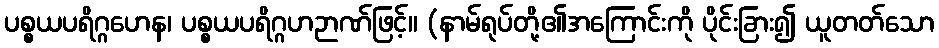
ပစ္စယပရိဂ္ဂဟေန၊ ပစ္စယပရိဂ္ဂဟဉာဏ်ဖြင့်။ (နာမ်ရုပ်တို့၏အကြောင်းကို ပိုင်းခြား၍ ယူတတ်သော